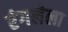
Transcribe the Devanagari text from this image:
रंगलेला